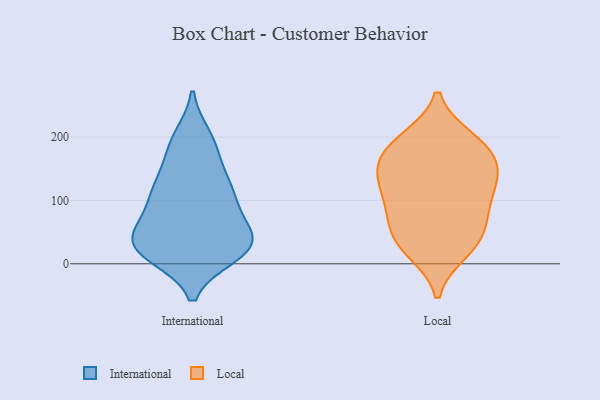
{"axis": {"x": "Backlog", "y": "Value"}, "legend": ["International", "Local"], "data": [{"x": "", "y": 42, "type": "International"}, {"x": "", "y": 187, "type": "International"}, {"x": "", "y": 95, "type": "International"}, {"x": "", "y": 199, "type": "International"}, {"x": "", "y": 185, "type": "International"}, {"x": "", "y": 30, "type": "International"}, {"x": "", "y": 21, "type": "International"}, {"x": "", "y": 99, "type": "International"}, {"x": "", "y": 16, "type": "International"}, {"x": "", "y": 142, "type": "International"}, {"x": "", "y": 41, "type": "International"}, {"x": "", "y": 120, "type": "International"}, {"x": "", "y": 27, "type": "International"}, {"x": "", "y": 113, "type": "International"}, {"x": "", "y": 49, "type": "International"}, {"x": "", "y": 15, "type": "International"}, {"x": "", "y": 58, "type": "International"}, {"x": "", "y": 116, "type": "International"}, {"x": "", "y": 28, "type": "International"}, {"x": "", "y": 39, "type": "Local"}, {"x": "", "y": 156, "type": "Local"}, {"x": "", "y": 129, "type": "Local"}, {"x": "", "y": 25, "type": "Local"}, {"x": "", "y": 54, "type": "Local"}, {"x": "", "y": 92, "type": "Local"}, {"x": "", "y": 116, "type": "Local"}, {"x": "", "y": 197, "type": "Local"}, {"x": "", "y": 191, "type": "Local"}, {"x": "", "y": 94, "type": "Local"}, {"x": "", "y": 20, "type": "Local"}, {"x": "", "y": 157, "type": "Local"}, {"x": "", "y": 191, "type": "Local"}, {"x": "", "y": 64, "type": "Local"}, {"x": "", "y": 163, "type": "Local"}, {"x": "", "y": 133, "type": "Local"}]}